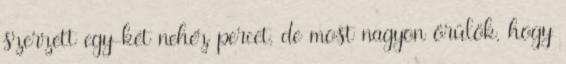
szerzett egy-két nehéz percet, de most nagyon örülök, hogy